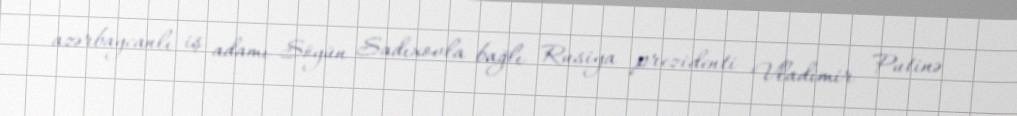
azərbaycanlı iş adamı Söyün Sadıxovla bağlı Rusiya prezidenti Vladimir Putinə